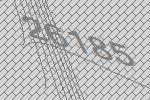
26185